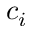
c _ { i }